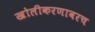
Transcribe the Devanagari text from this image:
खोलीकरणावरच